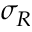
\sigma _ { R }